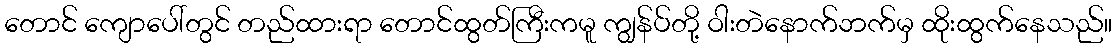
တောင် ကျောပေါ်တွင် တည်ထားရာ တောင်ထွတ်ကြီးကမူ ကျွန်ပ်တို့ ဝါးတဲနောက်ဘက်မှ ထိုးထွက်နေသည်။